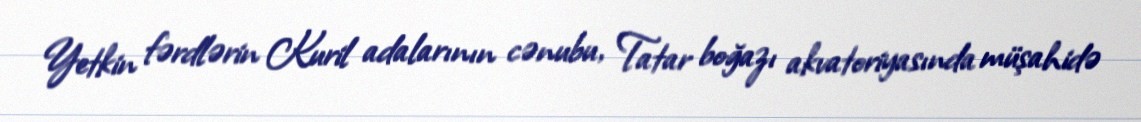
Yetkin fərdlərin Kuril adalarının cənubu, Tatar boğazı akvatoriyasında müşahidə